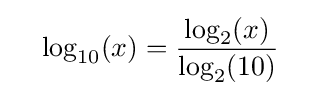
\quad \log _{10}(x)={\frac {\log _{2}(x)}{\log _{2}(10)}}\quad